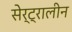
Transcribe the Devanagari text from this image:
सेर्ट्रालीन